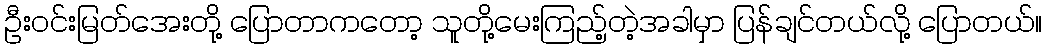
ဦးဝင်းမြတ်အေးတို့ ပြောတာကတော့ သူတို့မေးကြည့်တဲ့အခါမှာ ပြန်ချင်တယ်လို့ ပြောတယ်။